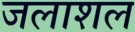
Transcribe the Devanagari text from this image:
जलाशल